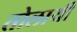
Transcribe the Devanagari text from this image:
तोलायी